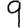
Digit: 9